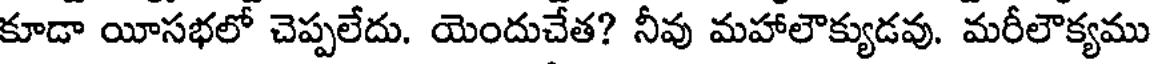
కూడా యీసభలో చెప్పలేదు. యెందుచేత? నీవు మహాలౌక్యుడవు. మరీలౌక్యము